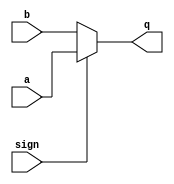
`timescale 1ns / 1ps
//////////////////////////////////////////////////////////////////////////////////
// Company: 
// Engineer: 
// 
// Design Name: 
// Module Name: mux2to1
// Project Name: 
// Target Devices: 
// Tool Versions: 
// Description: 
// 
// Dependencies: 
// 
// Revision:
// Revision 0.01 - File Created
// Additional Comments:
// 
//////////////////////////////////////////////////////////////////////////////////


module mux2to1(
    input a,
    input b,
    input sign,
    output reg q
    );
    always@(a,b,sign)
        if(sign==1'b1)
            q=a;
        else 
            q=b;
endmodule